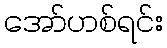
အော်ဟစ်ရင်း